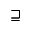
\sqsupseteq